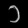
Digit: ၁